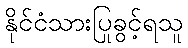
နိုင်ငံသားပြုခွင့်ရသူ